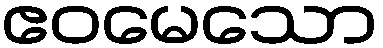
ဧဝမေသော